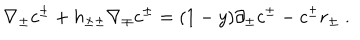
\nabla _ { \pm } c ^ { \pm } + h _ { \pm \pm } \nabla _ { \mp } c ^ { \pm } = ( 1 - y ) \partial _ { \pm } c ^ { \pm } - c ^ { \pm } r _ { \pm } \ .